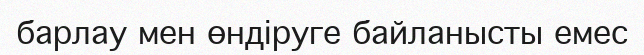
барлау мен өндіруге байланысты емес